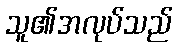
သူ၏အလုပ်သည်